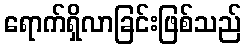
ရောက်ရှိလာခြင်းဖြစ်သည်